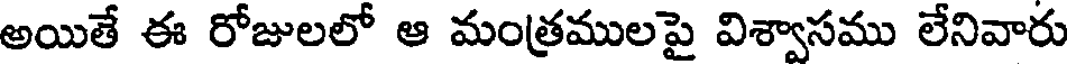
అయితే ఈ రోజులలో ఆ మంత్రములపై విశ్వాసము లేనివారు